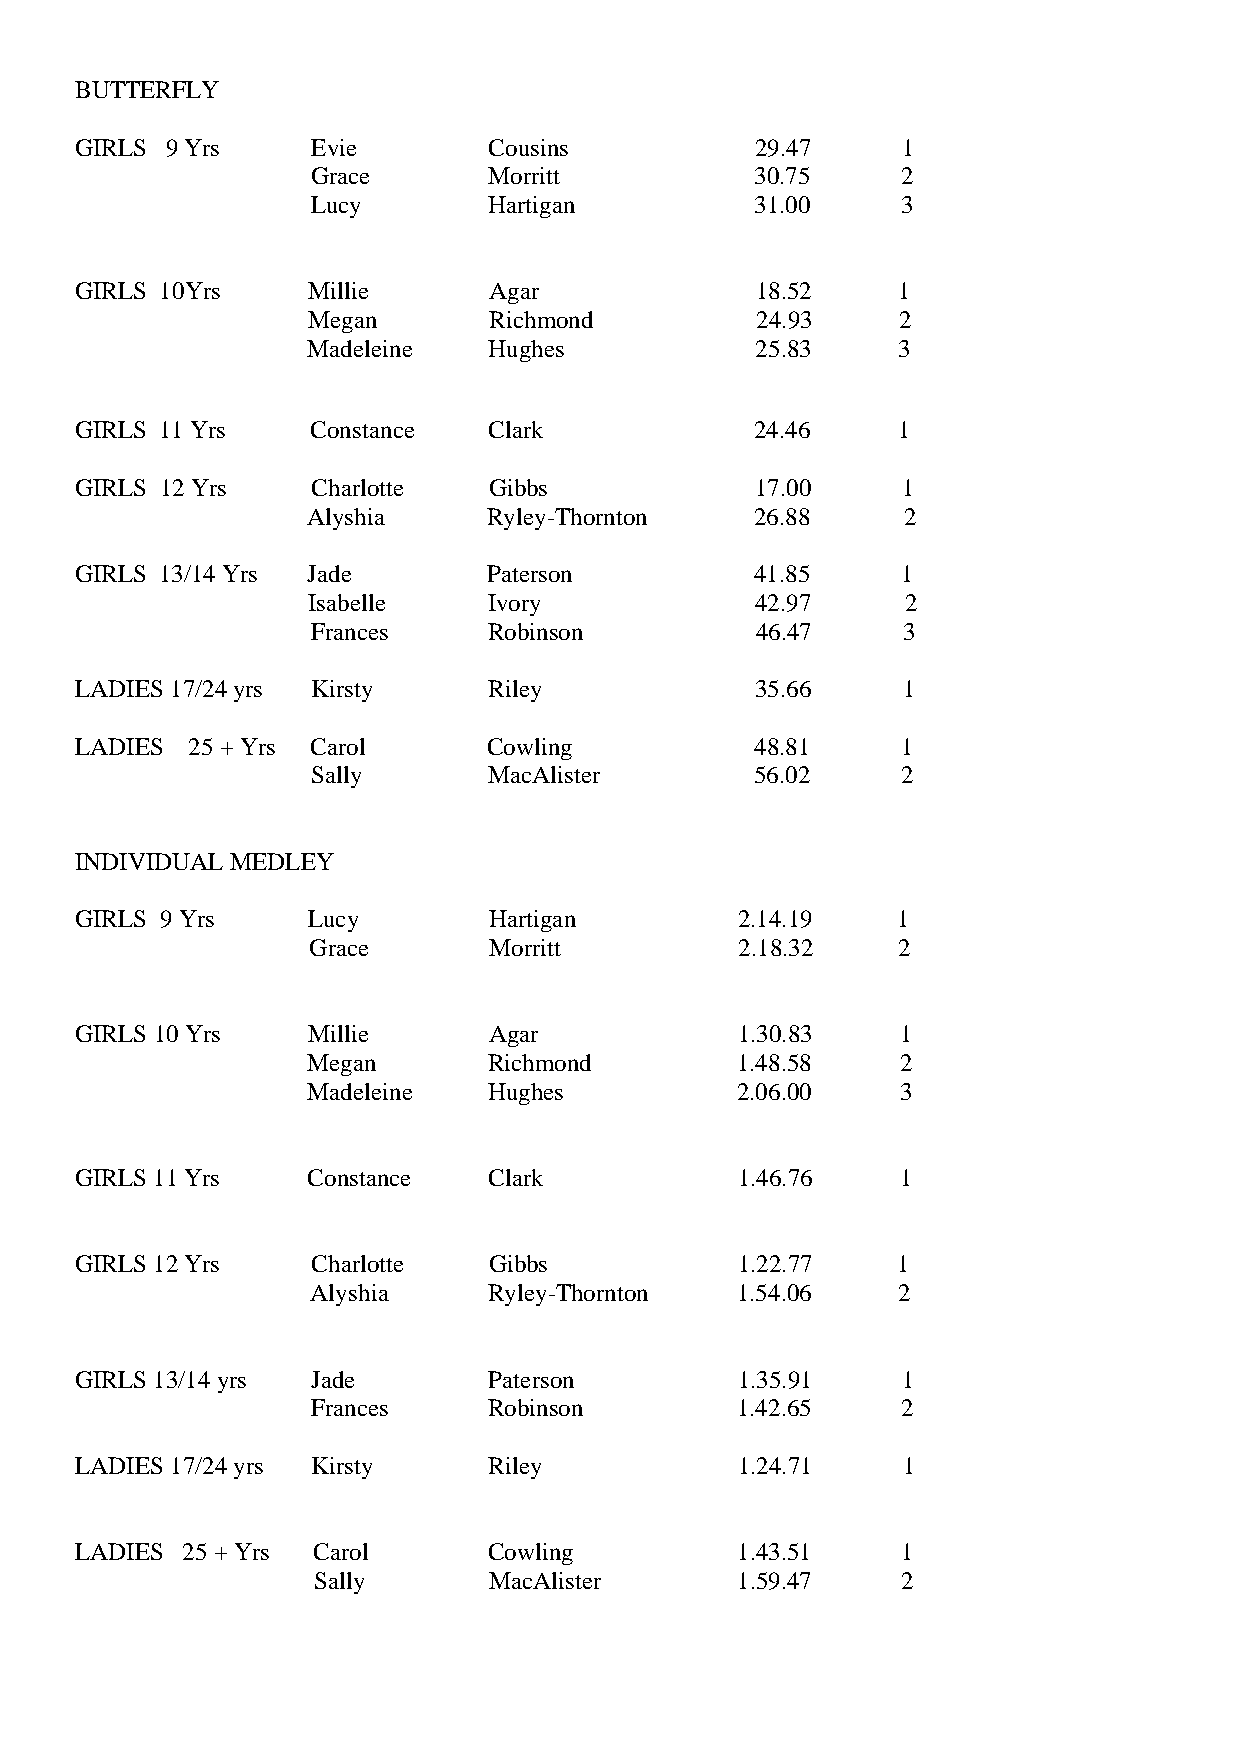
BUTTERFLY
 GIRLS 9 Yrs     Evie       Cousins           29.47     1
 Grace      Morritt           30.75     2
 Lucy       Hartigan          31.00     3
 GIRLS 10Yrs    Millie      Agar              18.52    1
 Megan       Richmond          24.93    2
 Madeleine   Hughes            25.83    3
 GIRLS 11 Yrs    Constance  Clark             24.46    1
 GIRLS 12 Yrs    Charlotte  Gibbs             17.00     1
 Alyshia     Ryley-Thornton    26.88     2
 GIRLS 13/14 Yrs Jade       Paterson          41.85     1
 Isabelle    Ivory             42.97     2
 Frances    Robinson          46.47     3
 LADIES 17/24 yrs Kirsty    Riley             35.66     1
 LADIES  25 + Yrs Carol     Cowling           48.81     1
 Sally      MacAlister        56.02     2
 INDIVIDUAL MEDLEY
 GIRLS 9 Yrs    Lucy        Hartigan         2.14.19   1
 Grace       Morritt          2.18.32   2
 GIRLS 10 Yrs   Millie      Agar             1.30.83    1
 Megan       Richmond         1.48.58    2
 Madeleine   Hughes           2.06.00    3
 GIRLS 11 Yrs   Constance   Clark            1.46.76    1
 GIRLS 12 Yrs    Charlotte  Gibbs            1.22.77   1
 Alyshia    Ryley-Thornton   1.54.06   2
 GIRLS 13/14 yrs Jade       Paterson         1.35.91    1
 Frances    Robinson         1.42.65    2
 LADIES 17/24 yrs Kirsty    Riley            1.24.71    1
 LADIES 25 + Yrs Carol      Cowling          1.43.51    1
 Sally      MacAlister       1.59.47    2